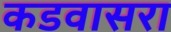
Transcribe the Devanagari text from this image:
कडवासरा